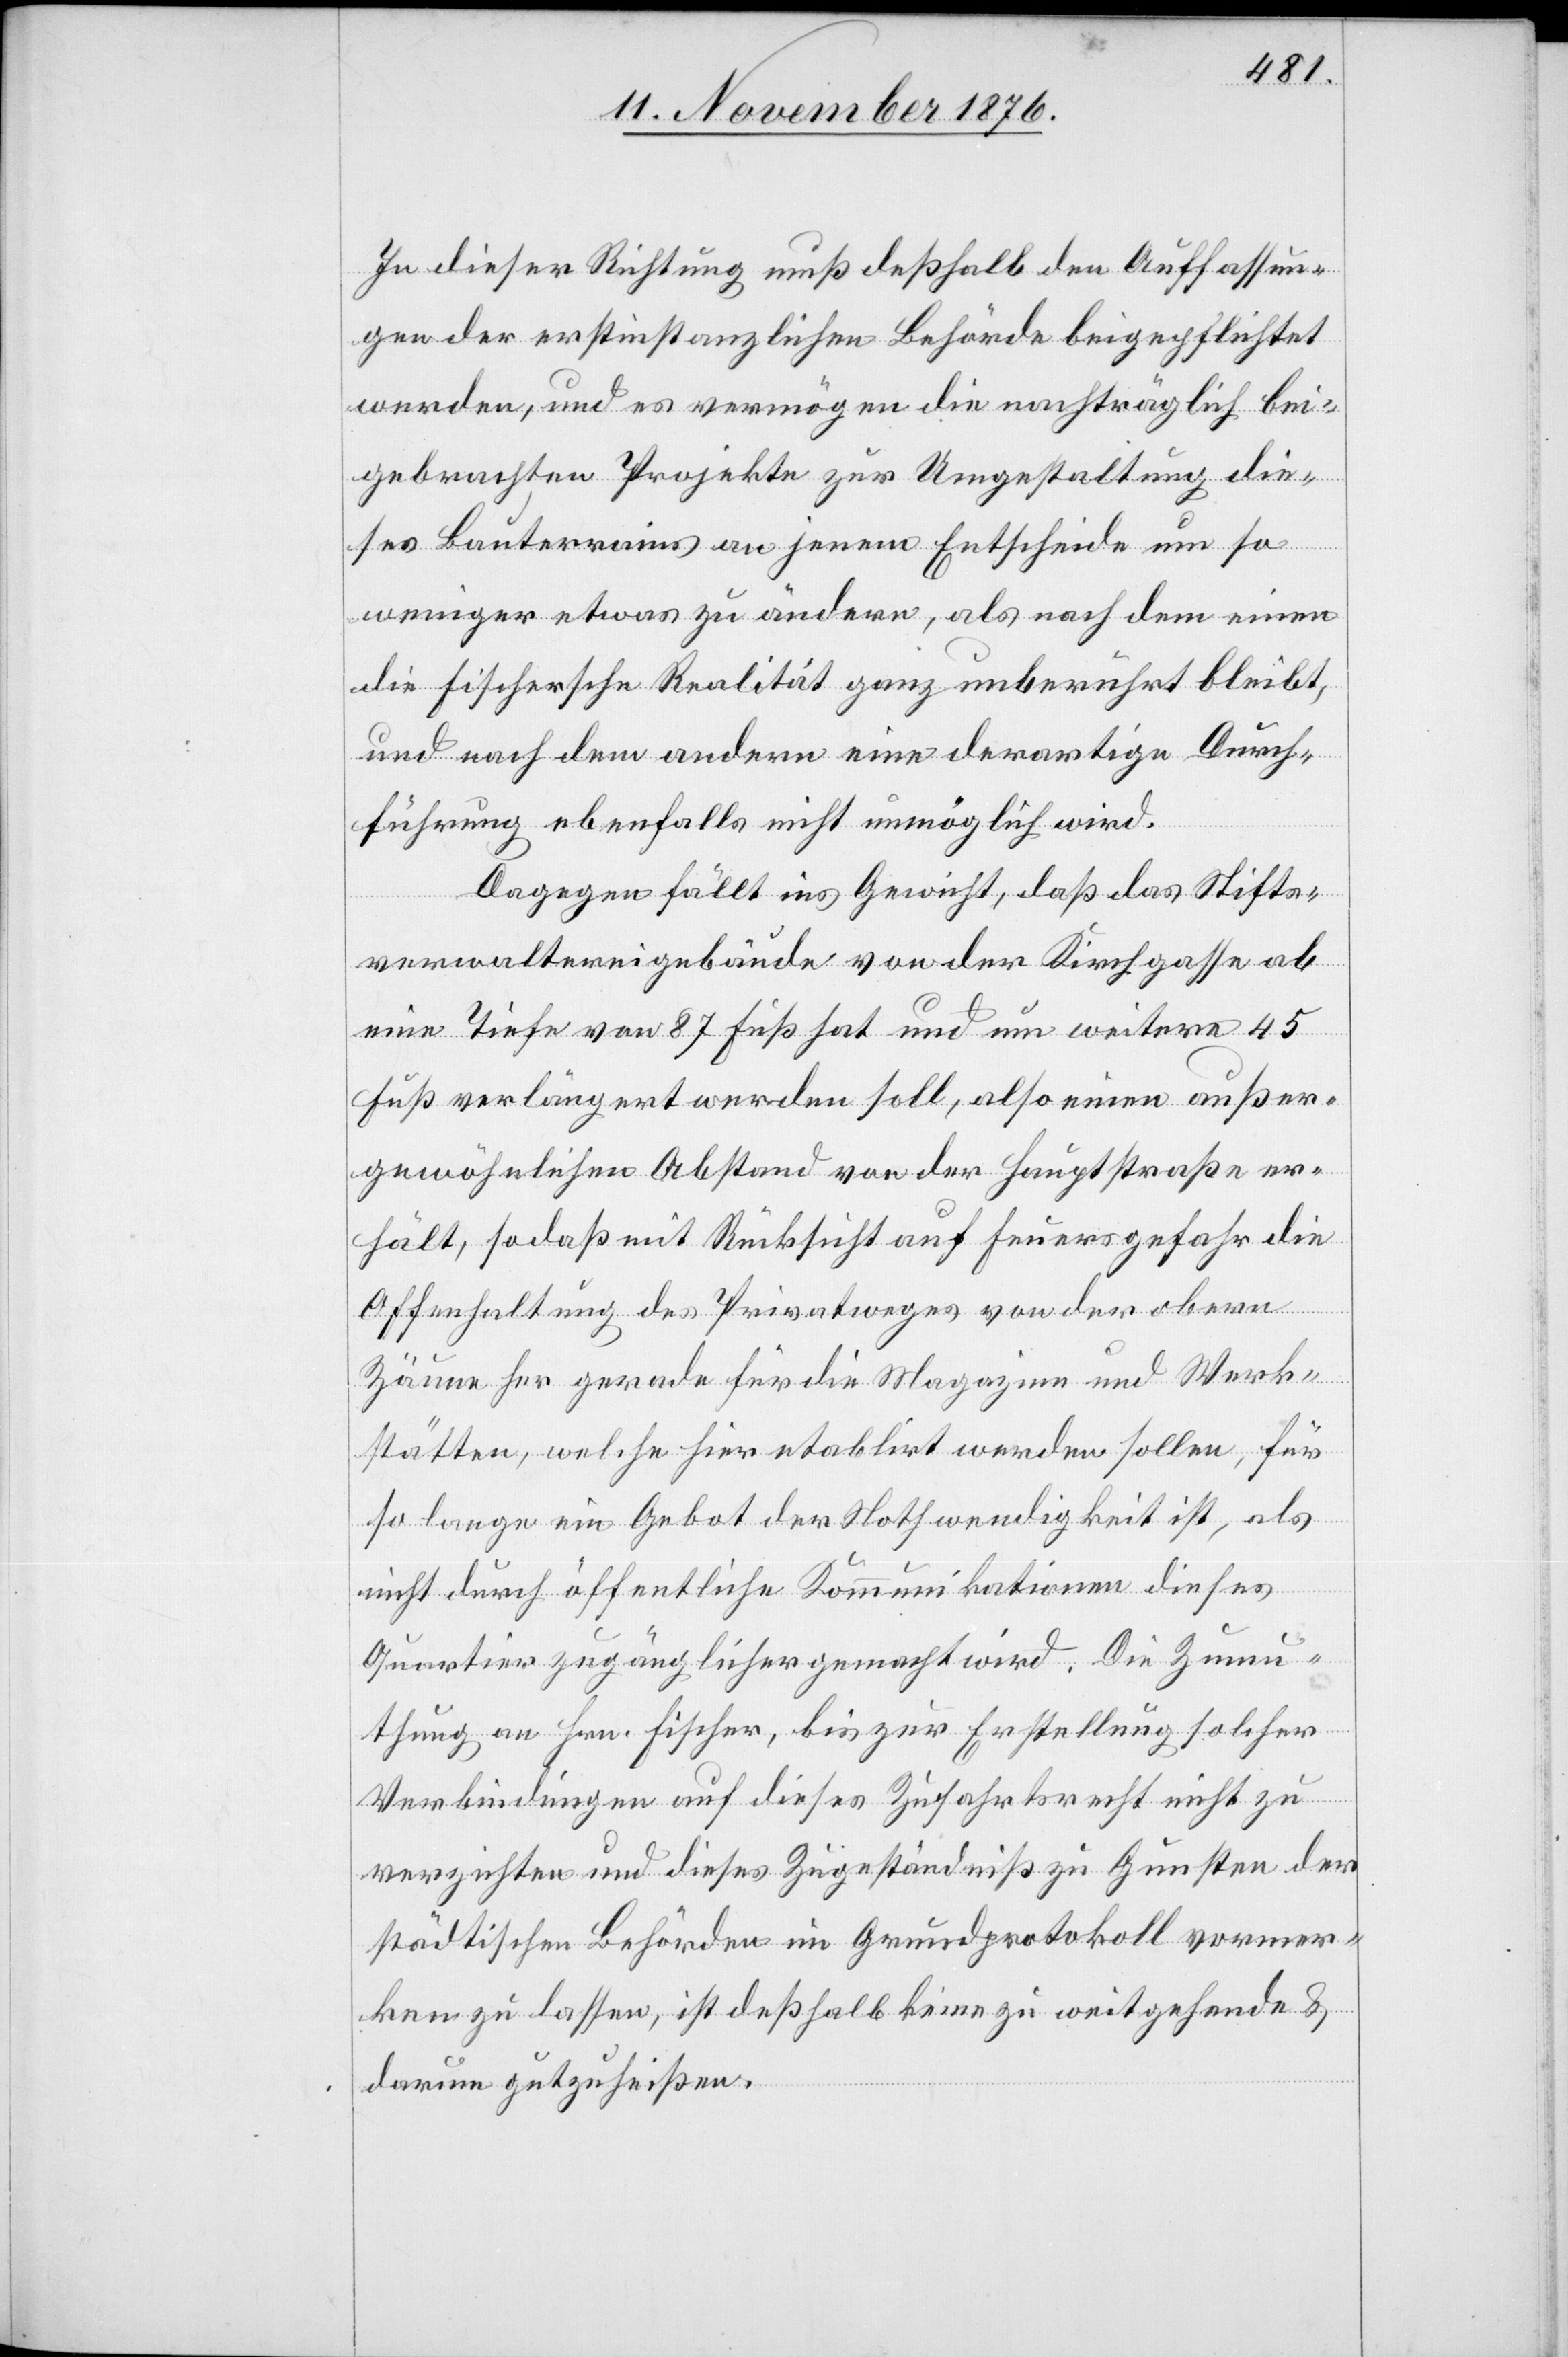
In dieser Richtung muß deßhalb den Auffassun¬
gen der erstinstanzlichen Behörde beigepflichtet
werden, und es vermögen die nachträglich bei¬
gebrachten Projekte zur Umgestaltung die¬
ses Bauterrains an jenem Entscheid um so
weniger etwas zu ändern, als nach dem einen
die Fischersche Realität ganz unberührt bleibt,
und nach dem andern eine derartige Durch¬
führung ebenfalls nicht unmöglich wird.
Dagegen fällt ins Gewicht, daß das Stifts¬
verwaltereigebäude von der Kirchgasse aber
eine Tiefe von 87 Fuß hat und um weitere 45
Fuß verlängert werden soll, also einen außer¬
gewöhnlichen Abstand von der Hauptstraße er¬
hält, sodaß mit Rücksicht auf Feuersgefahr die
Offenhaltung des Privatweges von der obern
Zäune her gerade für die Magazine und Werk¬
stätten, welche hier etablirt werden sollen, für
so lange ein Gebot der Nothwendigkeit ist, als
nicht durch öffentliche Kommunikationen dieses
Quartir zugänglicher gemacht wird. Die Zumu¬
thung an Hrn. Fischer, bis zur Erstellung solcher
Verbindungen auf dieses Zugeständniß zu Gu¬
städtischen Behörden im Grundprotokoll vormer¬
ken zu lassen, ist deßhalb keine zu weitgehende &
darum gutzuheißen.

ten